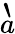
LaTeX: \grave{a}